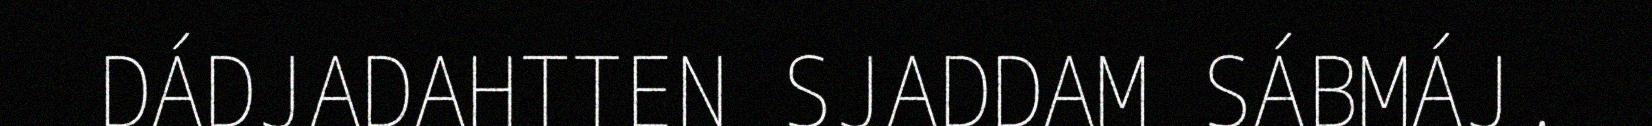
DÁDJADAHTTEN SJADDAM SÁBMÁJ.